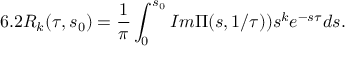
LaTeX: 6 . 2 { \cal R } _ { k } ( \tau , s _ { 0 } ) = \frac { 1 } { \pi } \int _ { 0 } ^ { s _ { 0 } } I m \Pi ( s , 1 / \tau ) ) s ^ { k } e ^ { - s \tau } d s .